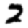
Digit: 2